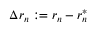
\Delta r _ { n } : = r _ { n } - r _ { n } ^ { \ast }